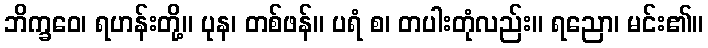
ဘိက္ခဝေ၊ ရဟန်းတို့။ ပုန၊ တစ်ဖန်။ ပရံ စ၊ တပါးတုံလည်း။ ရညော၊ မင်း၏။